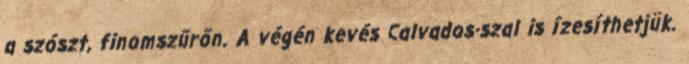
a szószt, finomszűrőn. A végén kevés Calvados-szal is ízesíthetjük.